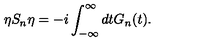
\eta S _ { n } \eta = - i \int _ { - \infty } ^ { \infty } d t G _ { n } ( t ) .